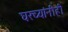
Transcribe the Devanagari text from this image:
घरच्यांनीही